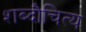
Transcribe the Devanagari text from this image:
शब्दौचित्य